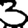
Digit: 3